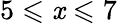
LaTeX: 5\leqslant\mathit{x}\leqslant7